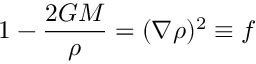
1 - \frac { 2 G M } { \rho } = ( \nabla \rho ) ^ { 2 } \equiv f